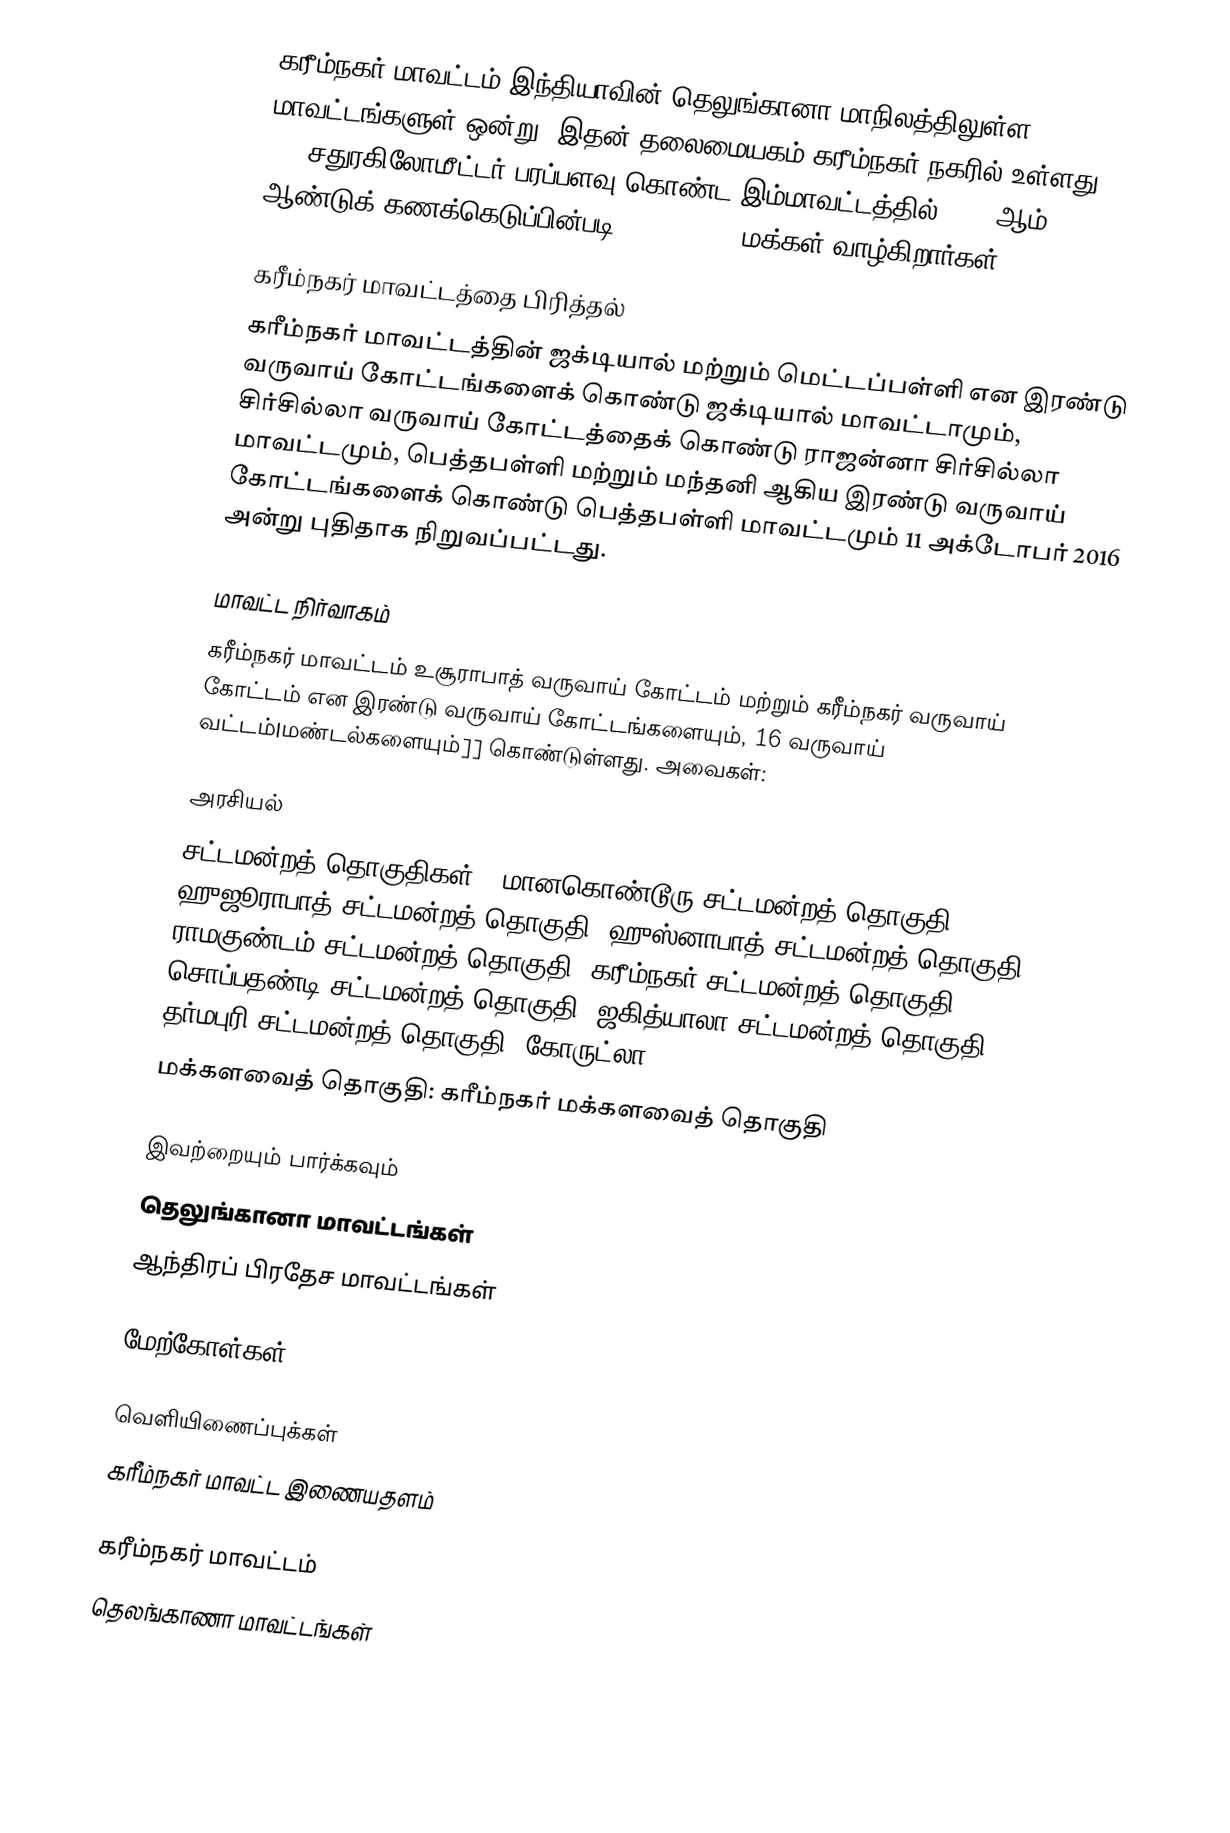
கரீம்நகர் மாவட்டம் இந்தியாவின் தெலுங்கானா மாநிலத்திலுள்ள 31 மாவட்டங்களுள் ஒன்று. இதன் தலைமையகம் கரீம்நகர் நகரில் உள்ளது. 11, 823 சதுரகிலோமீட்டர் பரப்பளவு கொண்ட இம்மாவட்டத்தில், 2001ஆம் ஆண்டுக் கணக்கெடுப்பின்படி 3, 491, 822 மக்கள் வாழ்கிறார்கள்.

கரீம்நகர் மாவட்டத்தை பிரித்தல்
கரீம்நகர் மாவட்டத்தின் ஜக்டியால் மற்றும் மெட்டப்பள்ளி என இரண்டு வருவாய் கோட்டங்களைக் கொண்டு ஜக்டியால் மாவட்டாமும்,  சிர்சில்லா வருவாய் கோட்டத்தைக் கொண்டு ராஜன்னா சிர்சில்லா மாவட்டமும், பெத்தபள்ளி மற்றும் மந்தனி ஆகிய இரண்டு வருவாய் கோட்டங்களைக் கொண்டு பெத்தபள்ளி மாவட்டமும் 11 அக்டோபர் 2016 அன்று புதிதாக நிறுவப்பட்டது.

மாவட்ட நிர்வாகம்
கரீம்நகர் மாவட்டம் உசூராபாத் வருவாய் கோட்டம் மற்றும் கரீம்நகர் வருவாய் கோட்டம் என இரண்டு வருவாய் கோட்டங்களையும், 16 வருவாய் வட்டம்|மண்டல்களையும்]] கொண்டுள்ளது. அவைகள்:

அரசியல்
 சட்டமன்றத் தொகுதிகள் : மானகொண்டூரு சட்டமன்றத் தொகுதி, ஹுஜூராபாத் சட்டமன்றத் தொகுதி, ஹுஸ்னாபாத் சட்டமன்றத் தொகுதி, ராமகுண்டம் சட்டமன்றத் தொகுதி, கரீம்நகர் சட்டமன்றத் தொகுதி, சொப்பதண்டி சட்டமன்றத் தொகுதி, ஜகித்யாலா சட்டமன்றத் தொகுதி, தர்மபுரி சட்டமன்றத் தொகுதி, கோருட்லா,
 மக்களவைத் தொகுதி: கரீம்நகர் மக்களவைத் தொகுதி

இவற்றையும் பார்க்கவும்
 தெலுங்கானா மாவட்டங்கள்
ஆந்திரப் பிரதேச மாவட்டங்கள்

மேற்கோள்கள்

வெளியிணைப்புக்கள்
கரீம்நகர் மாவட்ட இணையதளம்

கரீம்நகர் மாவட்டம்
தெலங்காணா மாவட்டங்கள்